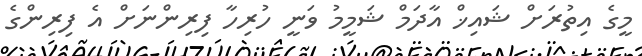
މީގެ އިތުރަށް ޝައިޚް އާދަމް ޝަމީމު ވަނީ ހުރިހާ ފިރިންނަށް އެ ފިރިންގެ